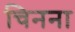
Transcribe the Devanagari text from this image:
चिनना